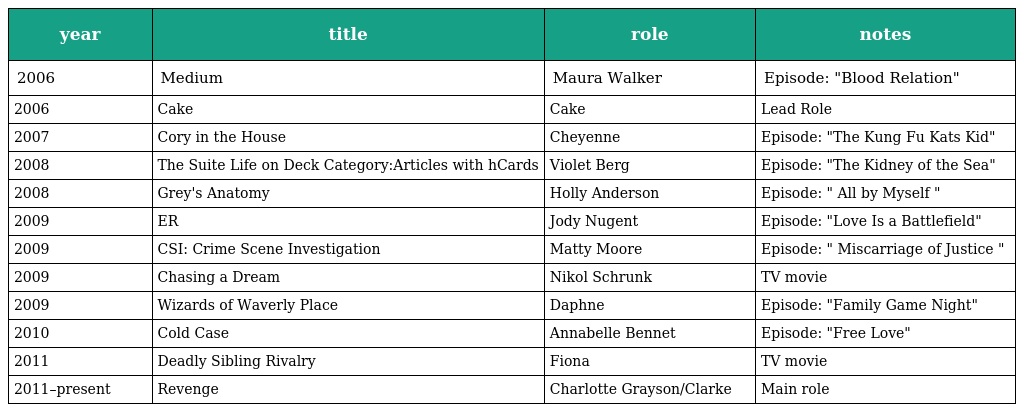
| year | title | role | notes |
 | --- | --- | --- | --- |
 | 2006 | Medium | Maura Walker | Episode: "Blood Relation" |
 | 2006 | Cake | Cake | Lead Role |
 | 2007 | Cory in the House | Cheyenne | Episode: "The Kung Fu Kats Kid" |
 | 2008 | The Suite Life on Deck Category:Articles with hCards | Violet Berg | Episode: "The Kidney of the Sea" |
 | 2008 | Grey's Anatomy | Holly Anderson | Episode: " All by Myself " |
 | 2009 | ER | Jody Nugent | Episode: "Love Is a Battlefield" |
 | 2009 | CSI: Crime Scene Investigation | Matty Moore | Episode: " Miscarriage of Justice " |
 | 2009 | Chasing a Dream | Nikol Schrunk | TV movie |
 | 2009 | Wizards of Waverly Place | Daphne | Episode: "Family Game Night" |
 | 2010 | Cold Case | Annabelle Bennet | Episode: "Free Love" |
 | 2011 | Deadly Sibling Rivalry | Fiona | TV movie |
 | 2011–present | Revenge | Charlotte Grayson/Clarke | Main role |